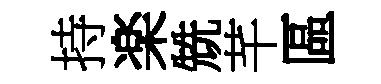
持楽兟芊區